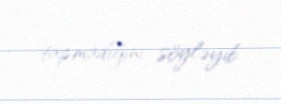
tapmadığını söyləyib.